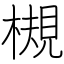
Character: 槻